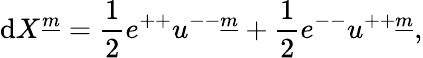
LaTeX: \mathrm{d}X^{\underline{{{{m}}}}}={\frac{{1}}{{2}}}e^{++}u^{--\underline{{{{m}}}}}+{\frac{{1}}{{2}}}e^{--}u^{++\underline{{{{m}}}}},